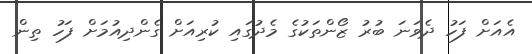
އެއަށް ފަހު ދެވަނަ ބުރު ޒޯންތަކުގެ މެދުގައި ކުރިއަށް ގެންދިއުމަށް ފަހު ތިން